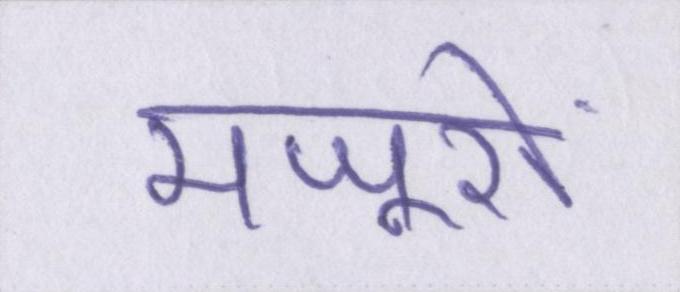
मजूरों